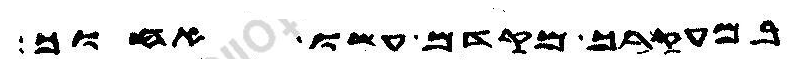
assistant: במעקרך מקדם עשו אחוך